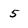
Character: 5